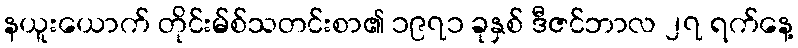
နယူးယောက် တိုင်းမ်စ်သတင်းစာ၏ ၁၉၇၁ ခုနှစ် ဒီဇင်ဘာလ ၂၇ ရက်နေ့